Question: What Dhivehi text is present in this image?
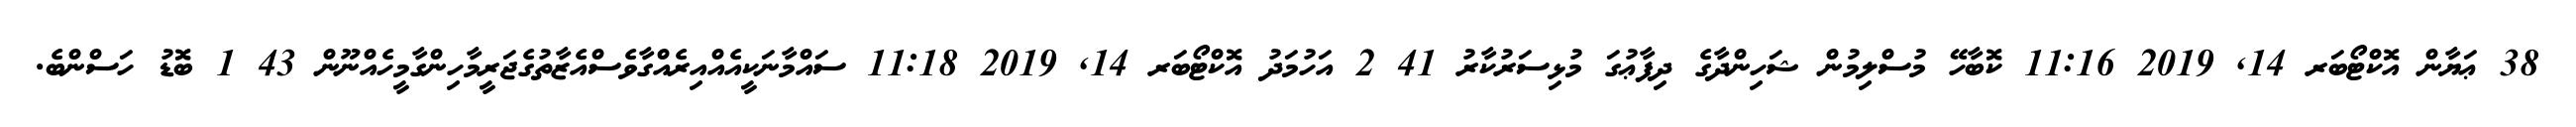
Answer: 38 ޢަޔާން އޮކްޓޯބަރ 14, 2019 11:16 ކޮބާހޭ މުސްލިމުން ޝަހިންދާގެ ދިފާޢުގަ މުޅިސަރުކާރު 41 2 އަހުމަދު އޮކްޓޯބަރ 14, 2019 11:18 ސައްމާނަކީއެއްއިރެއްގާވެސްއެޒާތުގެޖަރީމާހިންގާމީހެއްނޫން 43 1 ބޮޑު ހަސްންބެ.